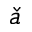
\check { a }